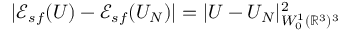
| { \mathscr E } _ { s f } ( U ) - { \mathscr E } _ { s f } ( U _ { N } ) | = | U - U _ { N } | _ { W _ { 0 } ^ { 1 } ( { \mathbb R } ^ { 3 } ) ^ { 3 } } ^ { 2 }